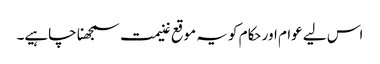
اس لیے عوام اور حکام کو یہ موقع غنیمت سمجھنا چاہیے۔